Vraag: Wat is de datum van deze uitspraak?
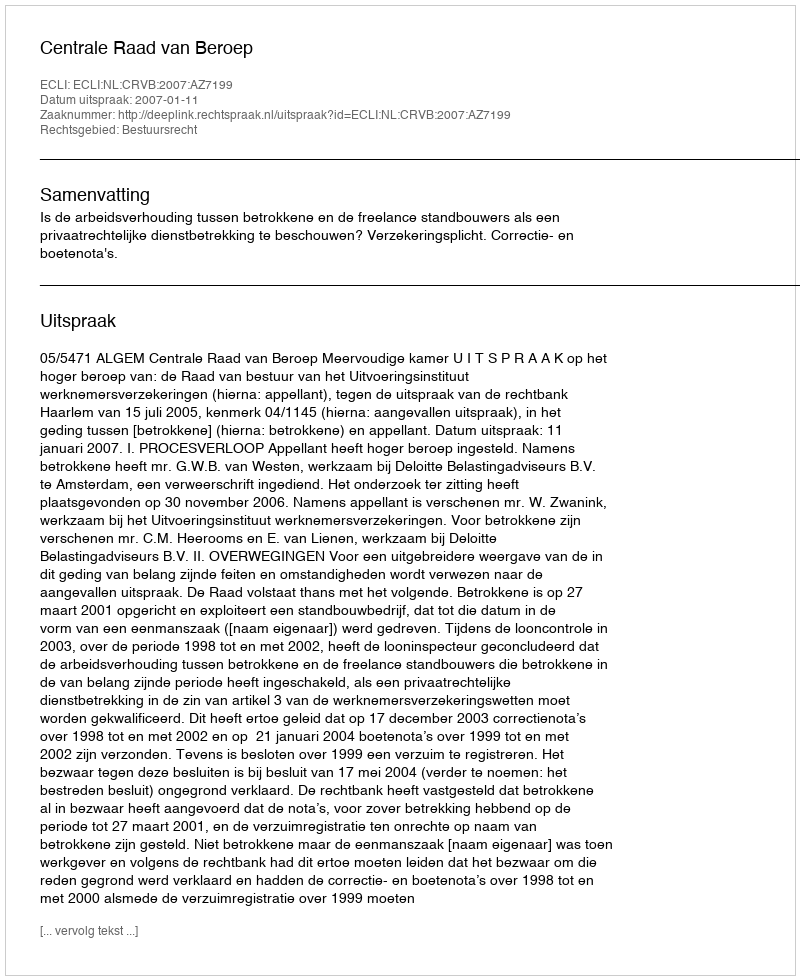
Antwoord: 2007-01-11